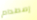
إصطدام